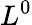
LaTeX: L^{0}